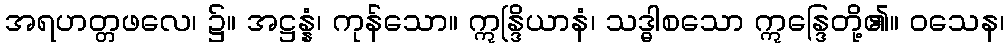
အရဟတ္တဖလေ၊ ၌။ အဋ္ဌန္နံ၊ ကုန်သော။ ဣန္ဒြိယာနံ၊ သဒ္ဓါစသော ဣန္ဒြေတို့၏။ ဝသေန၊